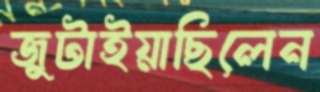
জুটাইয়াছিলেন